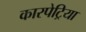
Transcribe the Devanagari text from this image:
कारपेट्रिया